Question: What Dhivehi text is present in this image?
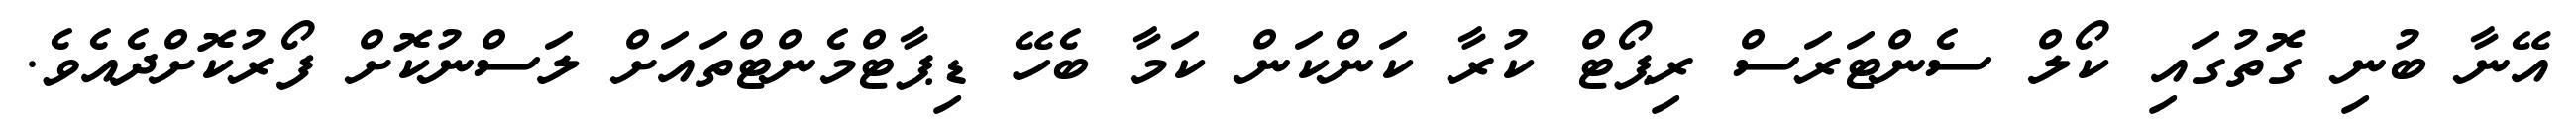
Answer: އޭނާ ބުނި ގޮތުގައި ކޯލް ސެންޓަރަސް ރިޕޯޓް ކުރާ ކަންކަން ކަމާ ބެހޭ ޑިޕާޓްމެންޓްތައަށް ލަސްނުކޮށް ފޯރުކޮށްދެއެވެ.